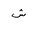
Letter: _shin